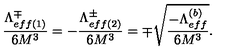
\frac { \Lambda _ { e f f ( 1 ) } ^ { \mp } } { 6 M ^ { 3 } } = - \frac { \Lambda _ { e f f ( 2 ) } ^ { \pm } } { 6 M ^ { 3 } } = \mp \sqrt { \frac { - \Lambda _ { e f f } ^ { ( b ) } } { 6 M ^ { 3 } } } .